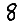
Digit: 8